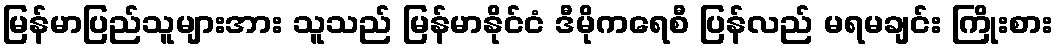
မြန်မာပြည်သူများအား သူသည် မြန်မာနိုင်ငံ ဒီမိုကရေစီ ပြန်လည် မရမချင်း ကြိုးစား